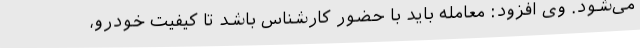
می‌شود. وی افزود: معامله باید با حضور کارشناس باشد تا کیفیت خودرو،